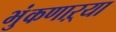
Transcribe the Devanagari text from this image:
भुंकणाऱ्या